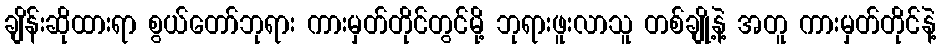
ချိန်းဆိုထားရာ စွယ်တော်ဘုရား ကားမှတ်တိုင်တွင်မို့ ဘုရားဖူးလာသူ တစ်ချို့နဲ့ အတူ ကားမှတ်တိုင်နဲ့